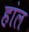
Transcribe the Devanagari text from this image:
हांल